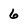
Character: 6